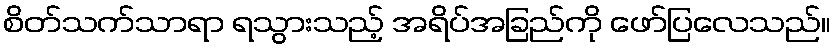
စိတ်သက်သာရာ ရသွားသည့် အရိပ်အခြည်ကို ဖော်ပြလေသည်။